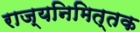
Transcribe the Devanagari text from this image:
राज्यनिमित्तक